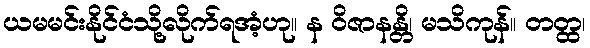
ယမမင်းနိုင်ငံသို့လိုက်ရအံ့ဟု။ န ဝိဇာနန္တိ၊ မသိကုန်။ တတ္ထ၊